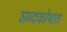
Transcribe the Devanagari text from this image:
शब्दकोषात